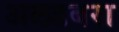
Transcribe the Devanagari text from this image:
अलडबरा